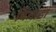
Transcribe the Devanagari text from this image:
बिगाडा